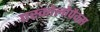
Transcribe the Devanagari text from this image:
एस्कोलोपैक्स